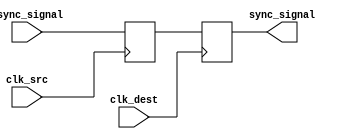
module dual_flip_flop_synchronizer (
    input wire clk_src,      // Source clock
    input wire clk_dest,     // Destination clock
    input wire async_signal,  // Input signal to be synchronized
    output reg sync_signal    // Synchronized output signal
);

    // Internal signals for the two flip-flops
    reg ff1_out;

    // First flip-flop: samples the async signal on the source clock
    always @(posedge clk_src) begin
        ff1_out <= async_signal; // Capture the input signal
    end

    // Second flip-flop: samples the output of the first flip-flop on the destination clock
    always @(posedge clk_dest) begin
        sync_signal <= ff1_out; // Transfer the signal to the destination clock domain
    end

endmodule